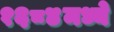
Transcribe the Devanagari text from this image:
१६८४मध्ये